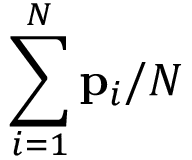
\sum _ { i = 1 } ^ { N } { \bf p } _ { i } / N